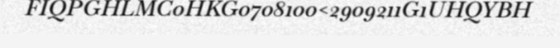
FIQPGHLMC0HKG0708100<2909211G1UHQYBH